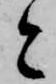
と